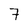
Character: 7